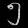
Digit: ၅